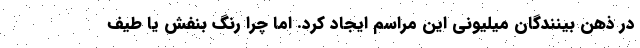
در ذهن بینندگان میلیونی این مراسم ایجاد کرد. اما چرا رنگ بنفش یا طیف